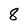
Character: 8